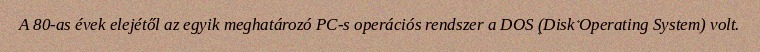
A 80-as évek elejétől az egyik meghatározó PC-s operációs rendszer a DOS (Disk Operating System) volt.